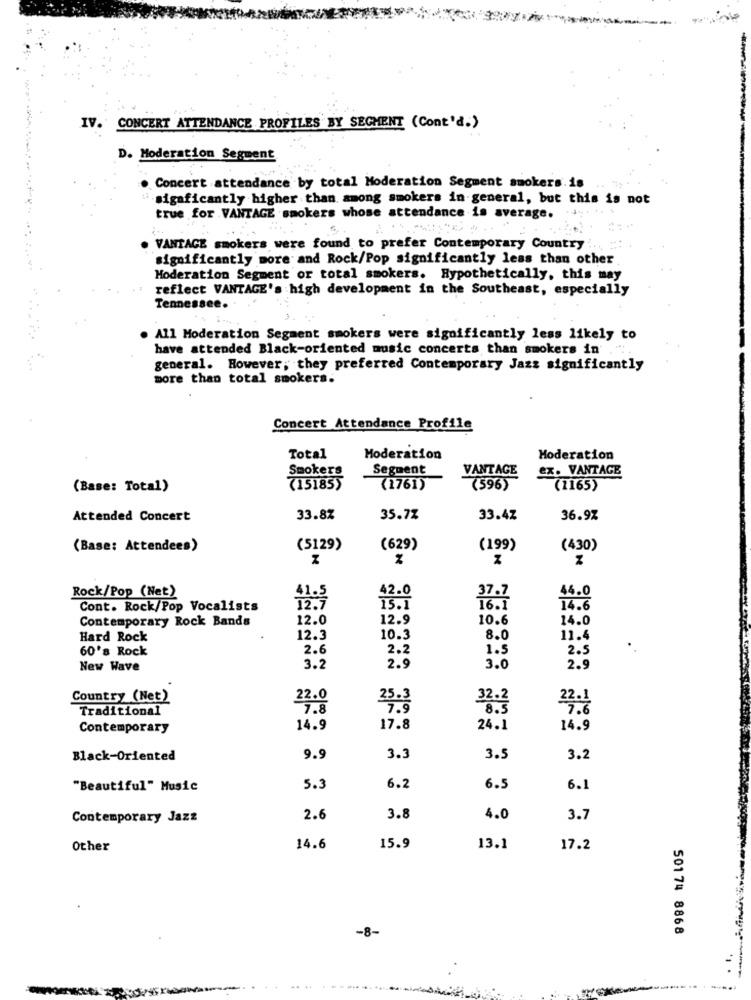
IV. CONCERT ATTENDANCE PROFILES BY SEGMENT (Cont'd.)
D. Moderation Segment
. Concert attendance by total Moderation Segment smokers.18
sigaficantly higher than among smokers in general, but this is not
true for VANTAGE smokers whose attendance is average.
VANTACE smokers were found to prefer Contemporary Country :
significantly more and Rock/Pop significantly less than other
Moderation Segment or total smokers. Hypothetically, this may
reflect VANTAGE's high development in the Southeast, especially
Tennessee.
All Moderation Segment smokers were significantly less likely to
have attended Black-oriented music concerts than smokers in
general. However, they preferred Contemporary Jazz significantly
more than total smokers.
Concert Attendance Profile
Total
Moderation
Moderation
Smokers
Segment
ex. VANTAGE
VANTAGE
(Base: Total)
(151855
(1761)
(596)
(1165)
Attended Concert
33.8%
35.7%
33.42
36.9%
(Base: Attendees)
(5129)
(629)
(199)
(430)
Rock/Pop (Net)
42.0
44.0
37.7
Cont. Rock/Pop Vocalists
12. 7
15.1
16.1
14.6
Contemporary Rock Bands
12.0
12.9
10.6
14.0
Hard Rock
12.3
10.3
8.0
11.4
60's Rock
2.6
2.2
1.5
2.5
New Wave
3.2
2.9
3.0
2.
Country (Net)
22.0
32.2
Traditional
25:3
4.6
Contemporary
14.9
17.8
24.1
14.9
Black-Oriented
9.9
3.3
3.5
3.2
"Beautiful" Music
5.3
6.2
6.5
6.1
Contemporary Jazz
2.6
3.8
4.0
3.7
Other
14.6
15.9
13.1
17.2
-8-
501 74 8868